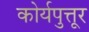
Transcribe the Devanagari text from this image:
कोर्यपुत्तूर